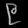
Digit: ၉